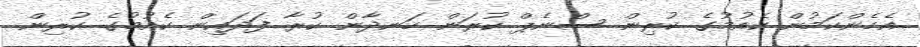
އެހެންކަމުން ކެއުމުގެ ކުރިން ސްނެޕް ކުރަން ހަނދާން ކުރާ ފަދައިން ކެއުމުގެ ކުރިން